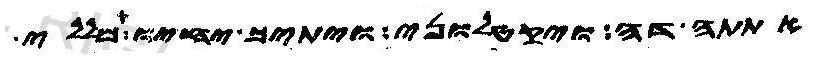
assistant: אתתה דה ויקטלוני ויתיך יחיו מללי